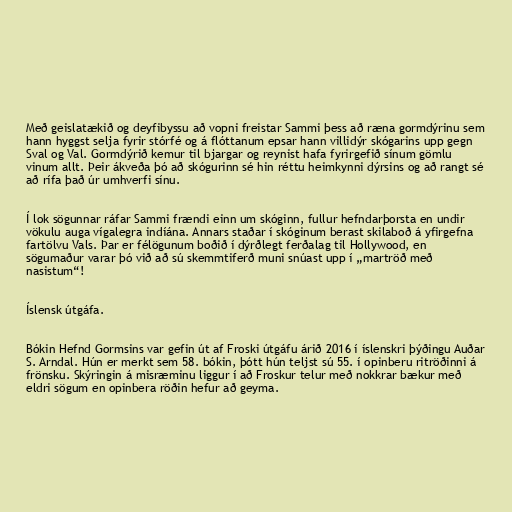
Með geislatækið og deyfibyssu að vopni freistar Sammi þess að ræna gormdýrinu sem
hann hyggst selja fyrir stórfé og á flóttanum epsar hann villidýr skógarins upp gegn
Sval og Val. Gormdýrið kemur til bjargar og reynist hafa fyrirgefið sínum gömlu
vinum allt. Þeir ákveða þó að skógurinn sé hin réttu heimkynni dýrsins og að rangt sé
að rífa það úr umhverfi sínu.

Í lok sögunnar ráfar Sammi frændi einn um skóginn, fullur hefndarþorsta en undir
vökulu auga vígalegra indíána. Annars staðar í skóginum berast skilaboð á yfirgefna
fartölvu Vals. Þar er félögunum boðið í dýrðlegt ferðalag til Hollywood, en
sögumaður varar þó við að sú skemmtiferð muni snúast upp í „martröð með
nasistum“!

Íslensk útgáfa.

Bókin Hefnd Gormsins var gefin út af Froski útgáfu árið 2016 í íslenskri þýðingu Auðar
S. Arndal. Hún er merkt sem 58. bókin, þótt hún teljst sú 55. í opinberu ritröðinni á
frönsku. Skýringin á misræminu liggur í að Froskur telur með nokkrar bækur með
eldri sögum en opinbera röðin hefur að geyma.